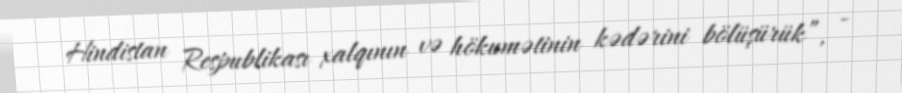
Hindistan Respublikası xalqının və hökumətinin kədərini bölüşürük”, -